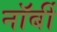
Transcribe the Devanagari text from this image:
नॉर्बी